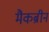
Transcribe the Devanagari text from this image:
मैकब्रीन